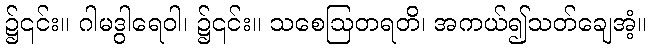
၌၎င်း။ ဂါမဒွါရေဝါ၊ ၌၎င်း။ သစေဩတရတိ၊ အကယ်၍သတ်ချေအံ့။